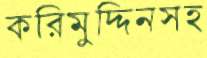
করিমুদ্দিনসহ